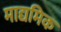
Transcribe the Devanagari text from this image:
माद्यमिक